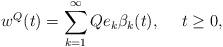
LaTeX: \begin{align*}w^Q(t)=\sum_{k=1}^\infty Q e_k \beta_k(t),\ \ \ \ t\geq 0,\end{align*}